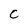
Character: c